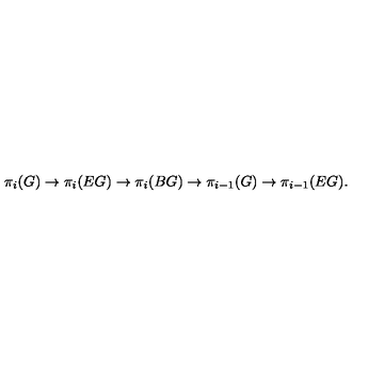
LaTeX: \pi _ { i } ( G ) \rightarrow \pi _ { i } ( E G ) \rightarrow \pi _ { i } ( B G ) \rightarrow \pi _ { i - 1 } ( G ) \rightarrow \pi _ { i - 1 } ( E G ) .